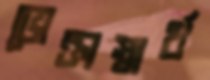
ভোক্তাস্বার্থ